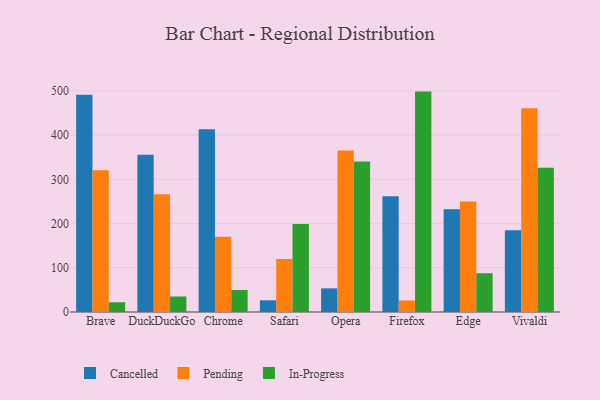
{"axis": {"x": "Browser", "y": "Page Views"}, "legend": ["Cancelled", "In-Progress", "Pending"], "data": [{"x": "Brave", "y": 491.1, "type": "Cancelled"}, {"x": "Brave", "y": 320.4, "type": "Pending"}, {"x": "Brave", "y": 22.1, "type": "In-Progress"}, {"x": "DuckDuckGo", "y": 355.5, "type": "Cancelled"}, {"x": "DuckDuckGo", "y": 266.0, "type": "Pending"}, {"x": "DuckDuckGo", "y": 35.1, "type": "In-Progress"}, {"x": "Chrome", "y": 413.3, "type": "Cancelled"}, {"x": "Chrome", "y": 170.1, "type": "Pending"}, {"x": "Chrome", "y": 49.9, "type": "In-Progress"}, {"x": "Safari", "y": 26.5, "type": "Cancelled"}, {"x": "Safari", "y": 119.6, "type": "Pending"}, {"x": "Safari", "y": 198.8, "type": "In-Progress"}, {"x": "Opera", "y": 53.5, "type": "Cancelled"}, {"x": "Opera", "y": 365.0, "type": "Pending"}, {"x": "Opera", "y": 340.1, "type": "In-Progress"}, {"x": "Firefox", "y": 261.9, "type": "Cancelled"}, {"x": "Firefox", "y": 26.2, "type": "Pending"}, {"x": "Firefox", "y": 498.4, "type": "In-Progress"}, {"x": "Edge", "y": 232.5, "type": "Cancelled"}, {"x": "Edge", "y": 250.0, "type": "Pending"}, {"x": "Edge", "y": 87.7, "type": "In-Progress"}, {"x": "Vivaldi", "y": 185.1, "type": "Cancelled"}, {"x": "Vivaldi", "y": 460.5, "type": "Pending"}, {"x": "Vivaldi", "y": 326.2, "type": "In-Progress"}]}